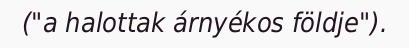
("a halottak árnyékos földje").